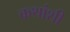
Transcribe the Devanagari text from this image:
कथांशी